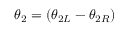
\theta _ { 2 } = ( \theta _ { 2 L } - \theta _ { 2 R } )